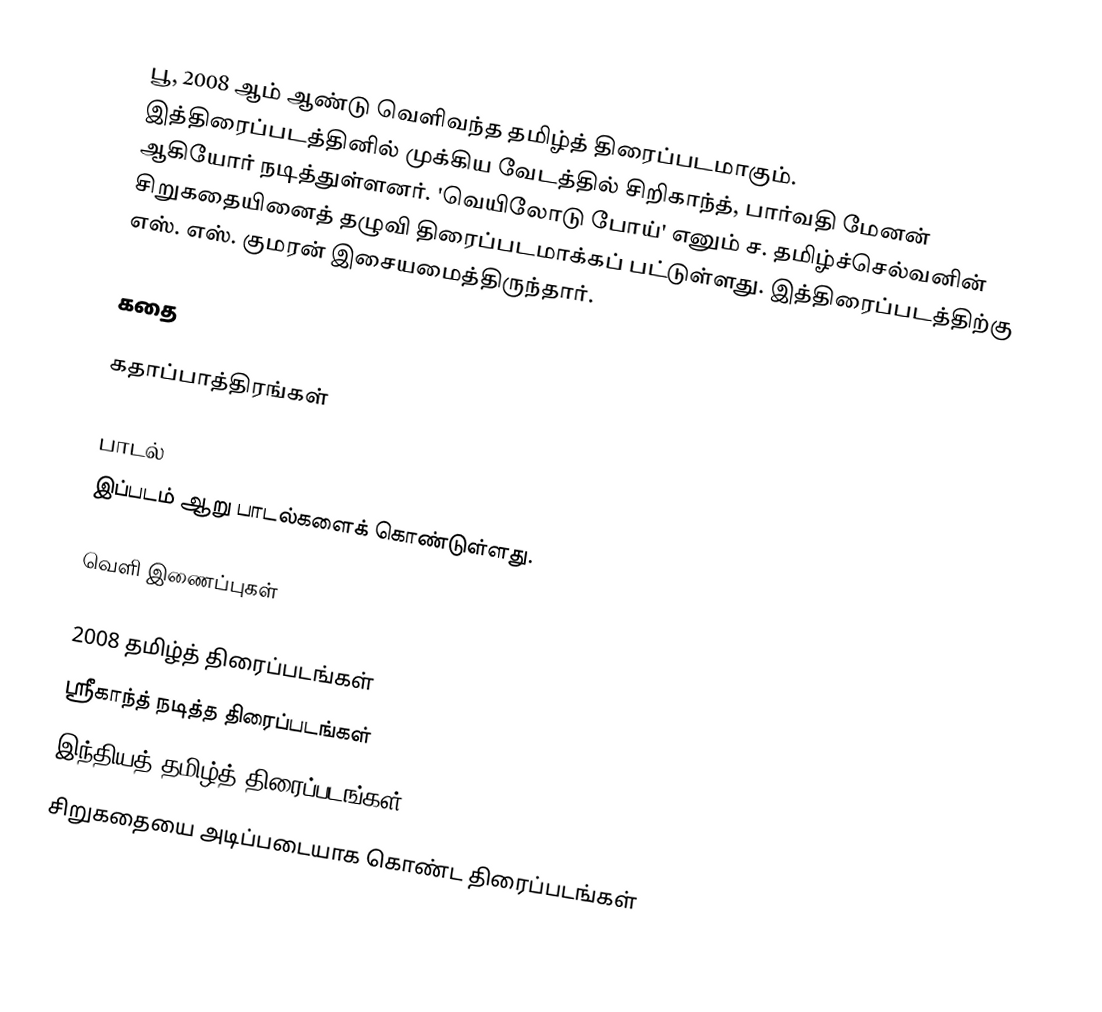
பூ, 2008 ஆம் ஆண்டு வெளிவந்த தமிழ்த் திரைப்படமாகும். இத்திரைப்படத்தினில் முக்கிய வேடத்தில் சிறிகாந்த், பார்வதி மேனன் ஆகியோர் நடித்துள்ளனர். 'வெயிலோடு போய்' எனும் ச. தமிழ்ச்செல்வனின் சிறுகதையினைத் தழுவி திரைப்படமாக்கப் பட்டுள்ளது. இத்திரைப்படத்திற்கு எஸ். எஸ். குமரன் இசையமைத்திருந்தார்.

கதை

கதாப்பாத்திரங்கள்

பாடல்
இப்படம் ஆறு பாடல்களைக் கொண்டுள்ளது.

வெளி இணைப்புகள்

2008 தமிழ்த் திரைப்படங்கள்
ஸ்ரீகாந்த் நடித்த திரைப்படங்கள்
இந்தியத் தமிழ்த் திரைப்படங்கள்
சிறுகதையை அடிப்படையாக கொண்ட திரைப்படங்கள்